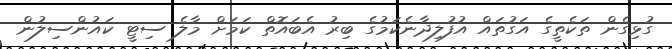
ގުޅިގެން ތަކެތީގެ އަގުތައް އުފުލިދާނެކަމުގެ ބިރު އެބައޮތް ކަމަށް މާލެ ސިޓީ ކައުންސިލުން